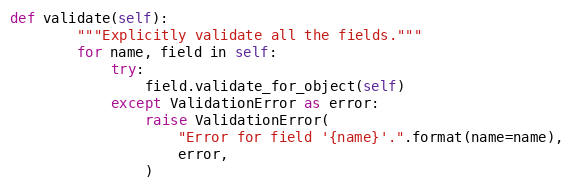
Language: Python
def validate(self):
        """Explicitly validate all the fields."""
        for name, field in self:
            try:
                field.validate_for_object(self)
            except ValidationError as error:
                raise ValidationError(
                    "Error for field '{name}'.".format(name=name),
                    error,
                )